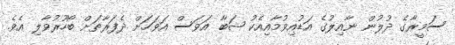
ސަމީރާގެ ދުލުން ނާއިލުގެ އަޑުއިވުމާއިއެކު ޝަބާ އަވަސް އަވަހަށް ދެފަރާތަށް ބޯހޫރުވާލި އެވެ.